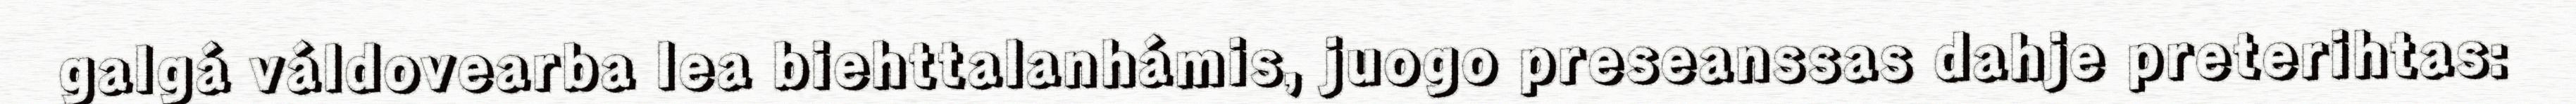
galgá váldovearba lea biehttalanhámis, juogo preseanssas dahje preterihtas: